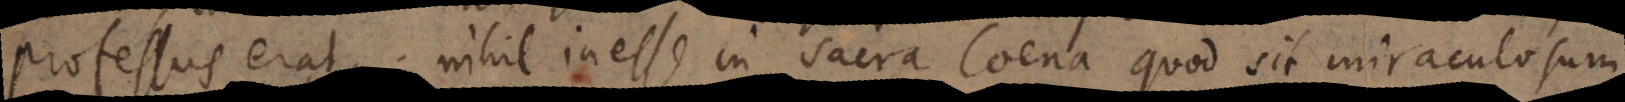
professus erat, nihil inesse in sacra coena quod sit miraculosum